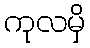
ကုလမှိ